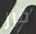
قرر